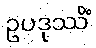
ဥပဒုဿိံ